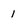
Character: 1